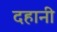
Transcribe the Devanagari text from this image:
दहानी